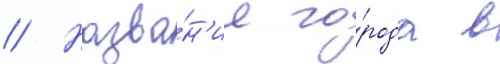
// Назва́н'ие го́рода в